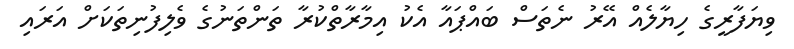
ވިޔަފާރީގެ ހިޔާލެއް އޭރު ނެތަސް ބައްޕައާ އެކު އިމާރާތްކުރާ ތަންތަނުގެ ވެލިފުނިތަކަށް އަރައި